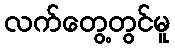
လက်တွေ့တွင်မူ